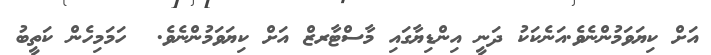
އަށް ކިޔަވަމުންނެވެ.އަނެކަކު ދަނީ އިންޑިޔާގައި މާސްޓާރޒް އަށް ކިޔަވަމުންނެވެ.  ހަމަމިހެން ކަތީބު